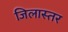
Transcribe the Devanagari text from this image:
जिलास्तर